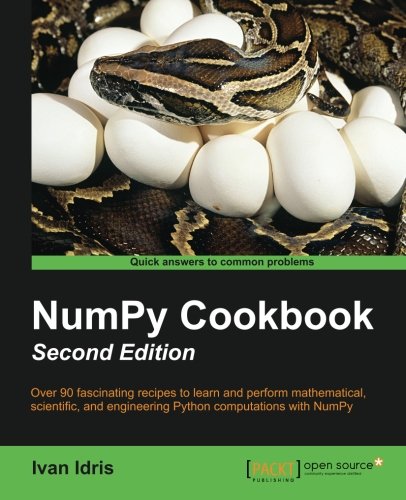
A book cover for NumPy Cookbook - Second Edition; Ivan Idris; Computers & Technology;